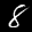
Label: 8